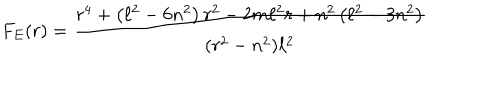
F _ { E } ( r ) = \frac { r ^ { 4 } + \left( \ell ^ { 2 } - 6 n ^ { 2 } \right) r ^ { 2 } - 2 m \ell ^ { 2 } r + n ^ { 2 } \left( \ell ^ { 2 } - 3 n ^ { 2 } \right) } { ( r ^ { 2 } - n ^ { 2 } ) \ell ^ { 2 } }